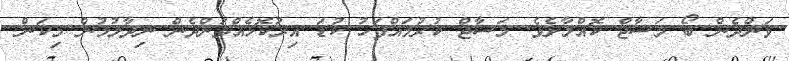
ވަންދެން ބޯ މަސާޖް ކޮއްލާށެވެ. މަސާޖް ކުރުމައްފަހު ކުޑަ އިރުކޮޅެއްވަންދެން ނިދާލުމުން މިކަން